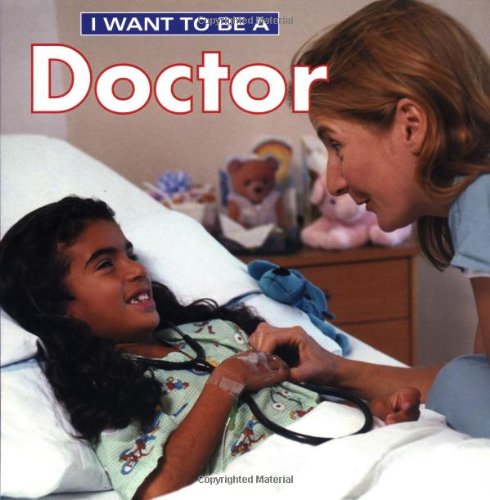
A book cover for I Want To Be A Doctor; Dan Liebman; Children's Books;